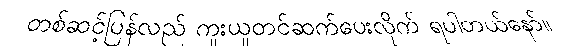
တစ်ဆင့်ပြန်လည် ကူးယူတင်ဆက်ပေးလိုက် ရပါတယ်နော်။